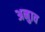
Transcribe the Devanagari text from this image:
अनुाव